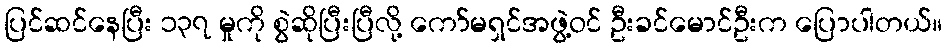
ပြင်ဆင်နေပြီး ၁၃၇ မှုကို စွဲဆိုပြီးပြီလို့ ကော်မရှင်အဖွဲ့ဝင် ဦးခင်မောင်ဦးက ပြောပါတယ်။